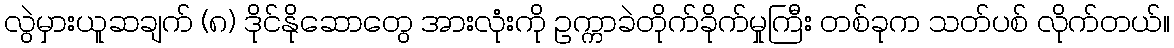
လွဲမှားယူဆချက် (၈) ဒိုင်နိုဆောတွေ အားလုံးကို ဥက္ကာခဲတိုက်ခိုက်မှုကြီး တစ်ခုက သတ်ပစ် လိုက်တယ်။